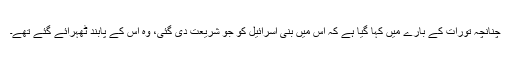
چنانچہ تورات کے بارے میں کہا گیا ہے کہ اس میں بنی اسرائیل کو جو شریعت دی گئی، وہ اس کے پابند ٹھہرائے گئے تھے۔